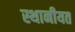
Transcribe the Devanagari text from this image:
स्थानीयत